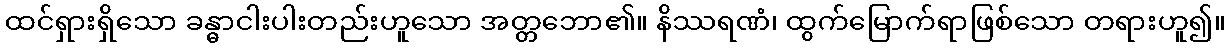
ထင်ရှားရှိသော ခန္ဓာငါးပါးတည်းဟူသော အတ္တဘော၏။ နိဿရဏံ၊ ထွက်မြောက်ရာဖြစ်သော တရားဟူ၍။